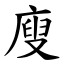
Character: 廋